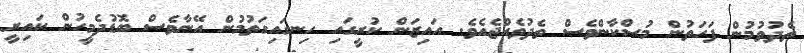
ތެދުވުމުން ފަހަތުން މުސްކާންވެސް ތެދުވެއްޖެއެވެ. އައިޒަން ކުރީގައި ހިނގައިގަތުމުން އޭނާވެސް ބޮޑުދެމީހުން ކައިރީ